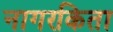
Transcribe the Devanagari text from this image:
नागरकिता